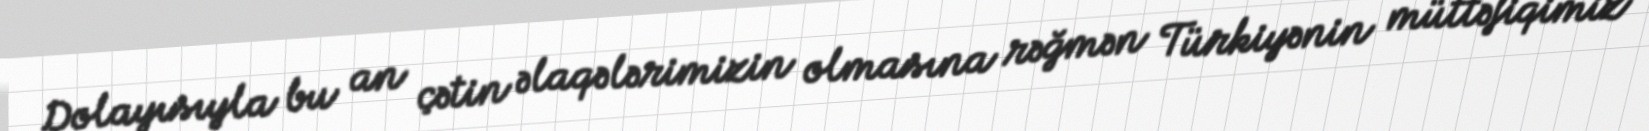
Dolayısıyla bu an çətin əlaqələrimizin olmasına rəğmən Türkiyənin müttəfiqimiz